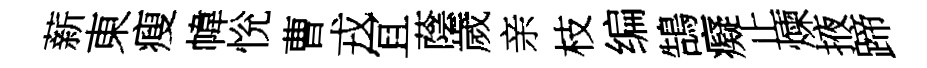
薪東瘦幃恱曹戎冝蔭歲亲枝编鵠癡止煉掖蹄